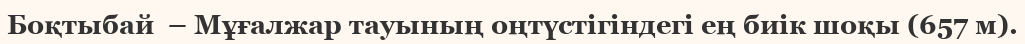
Боқтыбай  – Мұғалжар тауының оңтүстігіндегі ең биік шоқы (657 м).